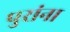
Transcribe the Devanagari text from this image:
पुरांना